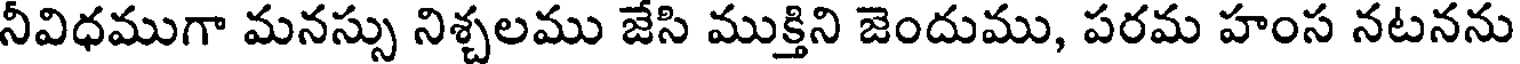
నీవిధముగా మనస్సు నిశ్చలము జేసి ముక్తిని జెందుము, పరమ హంస నటనను